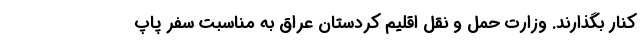
کنار بگذارند. وزارت حمل و نقل اقلیم کردستان عراق به مناسبت سفر پاپ